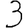
Digit: 3